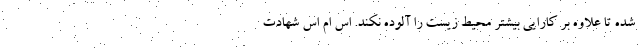
شده تا علاوه بر کارایی بیشتر محیط زیست را آلوده نکند. اس ام اس شهادت